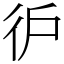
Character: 㣗